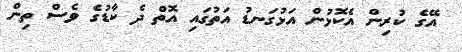
އޭގެ ކުރިން އެކޮޅުން އަޅުގަނޑު އަތުގައި އޮތް ދެ ކާޑުގެ ވެސް ތިން